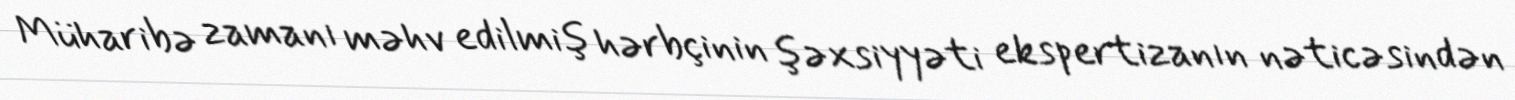
Müharibə zamanı məhv edilmiş hərbçinin şəxsiyyəti ekspertizanın nəticəsindən